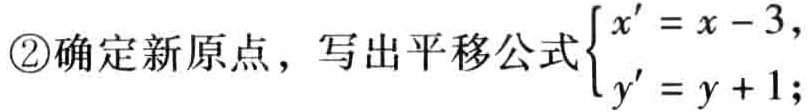
\textcircled{2}确定新原点，写出平移公式$\begin{cases}x' = x - 3,\\y' = y + 1;\end{cases}$